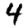
Digit: 4